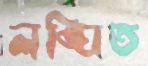
লঙ্ঘিত